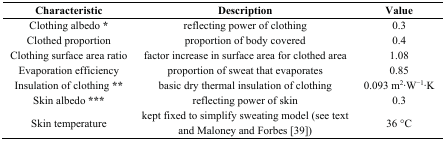
| Characteristic | Description | Value |
 | --- | --- | --- |
 | Clothing albedo * | reflecting power of clothing | 0.3 |
 | Clothed proportion | proportion of body covered | 0.4 |
 | Clothing surface area ratio | factor increase in surface area for clothed area | 1.08 |
 | Evaporation efficiency | proportion of sweat that evaporates | 0.85 |
 | Insulation of clothing ** | basic dry thermal insulation of clothing | 0.093 m2∙W−1∙K |
 | Skin albedo *** | reflecting power of skin | 0.3 |
 | Skin temperature | kept fixed to simplify sweating model (see text and Maloney and Forbes [39]) | 36 °C |